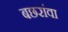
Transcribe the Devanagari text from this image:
बछरांवा